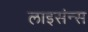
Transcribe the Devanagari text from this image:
लाइसंन्स